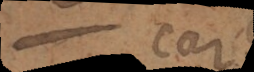
car